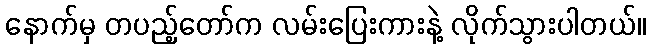
နောက်မှ တပည့်တော်က လမ်းပြေးကားနဲ့ လိုက်သွားပါတယ်။